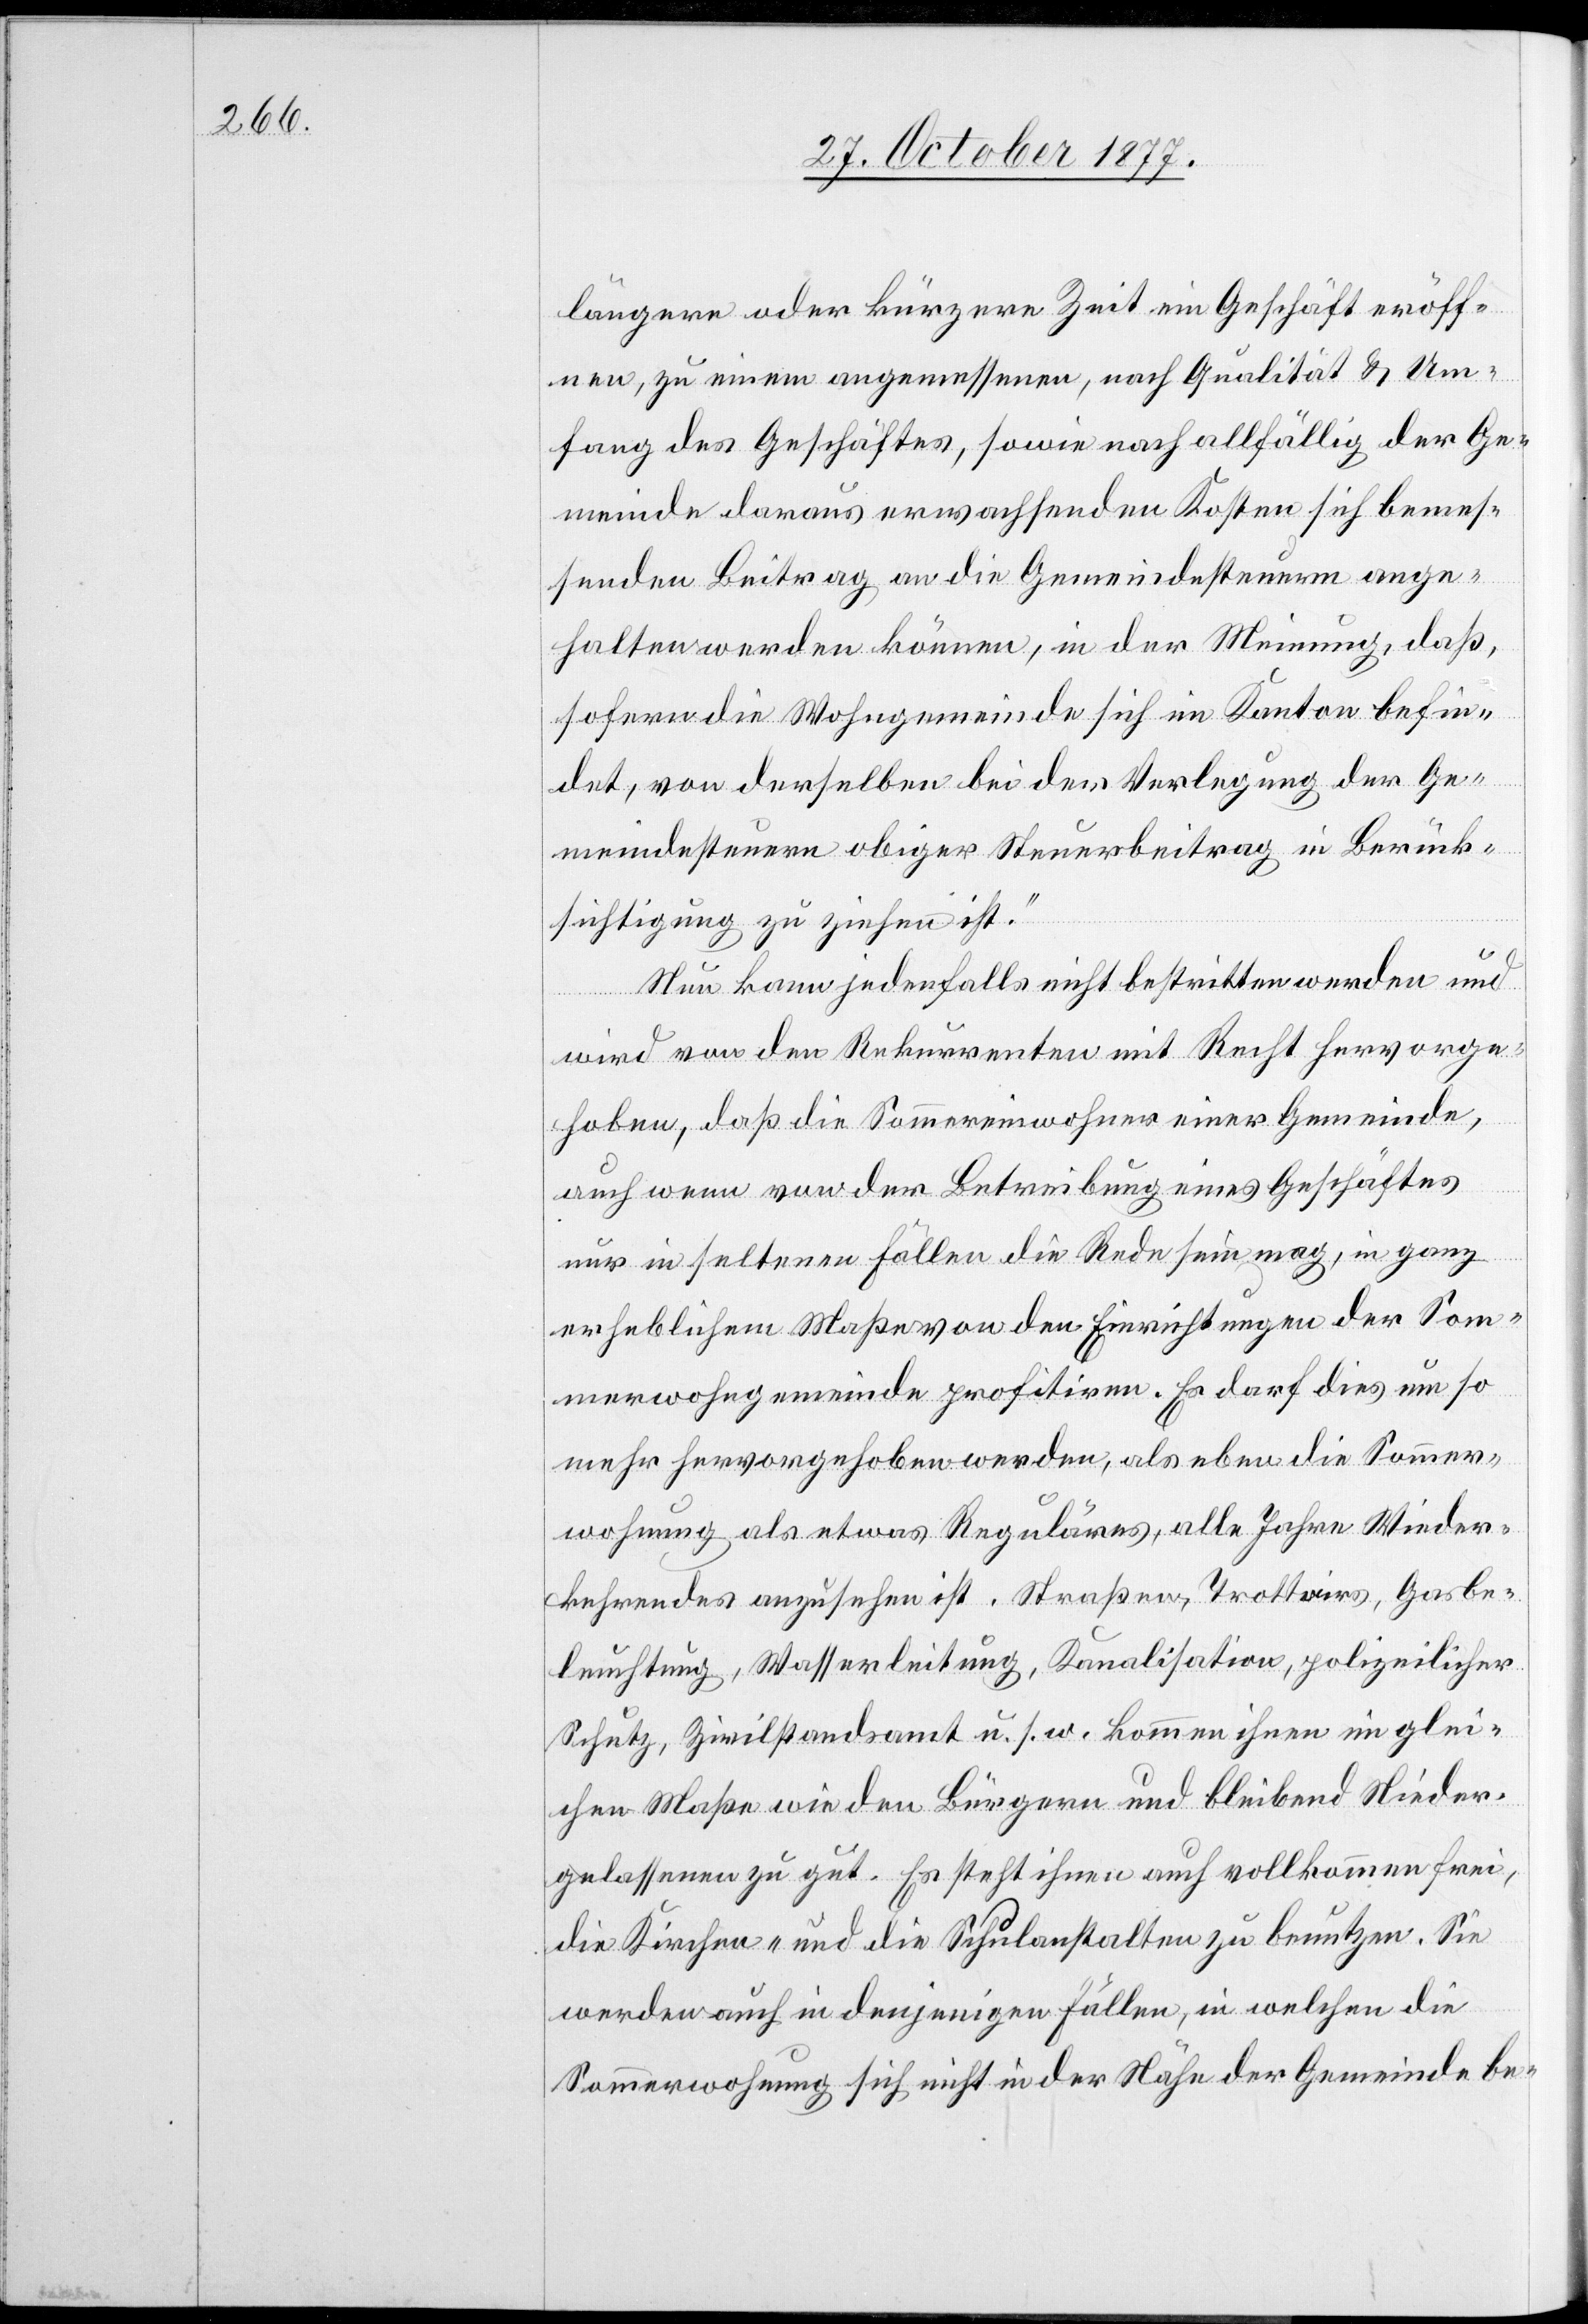
längere oder kürzere Zeit ein Geschäft eröff¬
nen, zu einem angemessenen, nach Qualität & Um¬
fang des Geschäftes, sowie nach allfällig der Ge¬
meinde daraus erwachsenden Kosten sich bemes¬
senden Beitrag an die Gemeindesteuern ange¬
halten werden können, in der Meinung, daß,
sofern die Wohngemeinde sich im Kanton befin¬
det, von derselben bei der Verlegung der Ge¬
meindesteuern obiger Steuerbeitrag in Berück¬
sichtigung zu ziehen ist.“
Nun kann jedenfalls nicht bestritten werden und
wird von den Rekurrenten mit Recht hervorge¬
hoben, daß die Sommereinwohner einer Gemeinde,
auch wenn von der Betreibung eines Geschäftes
nur in seltenen Fällen die Rede sein mag, in ganz
erheblichem Maße von den Einrichtungen der Som¬
merwohngemeinde profitiren. Es darf dies um so
mehr hervorgehoben werden, als eben die Sommer¬
wohnung als etwas Reguläres, alle Jahre Wieder¬
kehrendes anzusehen ist. Straßen, Trottoirs, Gasbe¬
leuchtung, Wasserleitung, Kanalisation, polizeilicher
Schutz, Zivilstandsamt u. s. w. kommen ihnen im glei¬
chen Maße wie den Bürgern und bleibend Nieder¬
gelassenen zu gut. Es steht ihnen auch vollkommen frei,
die Kirchen- und die Schulanstalten zu benutzen. Sie
werden auch in denjenigen Fällen, in welchen die
Sommerwohnung sich nicht in der Nähe der Gemeinde be-